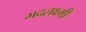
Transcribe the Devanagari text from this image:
मदलक्ष्मी